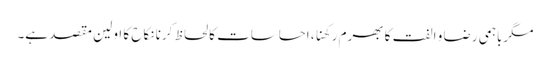
مگرباہمی رضا و الفت کا بھرم رکھنا، احساسات کا لحاظ کرنا نکاح کا اولین مقصد ہے۔